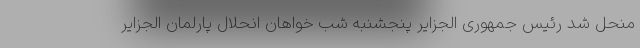
منحل شد رئیس جمهوری الجزایر پنجشنبه شب خواهان انحلال پارلمان الجزایر